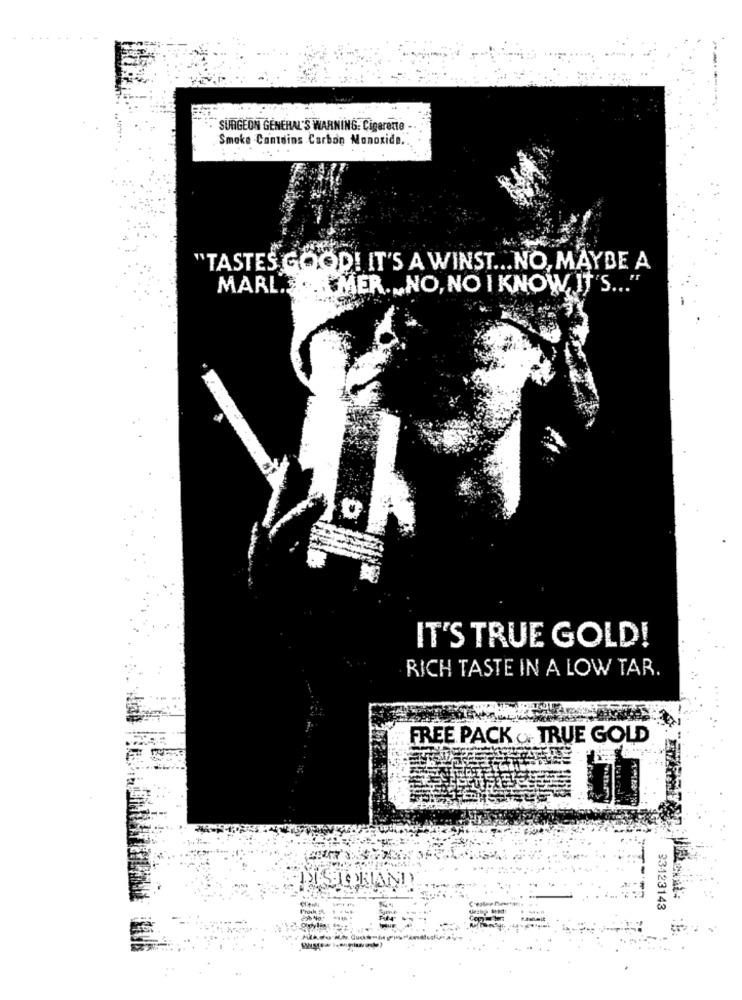
SURGEON GENERAL'S WARNING: Cigarette
Smoke Contains Carbon Monoxide ..
"TASTES GOOD! IT'S A WINST ... NO, MAYBE A
MARL ....
IMER. . NO, NO I KNOW, IT'S ... "
IT'S TRUE GOLD!
RICH TASTE IN A LOW TAR.
FREE PACK & TRUE GOLD
33123143